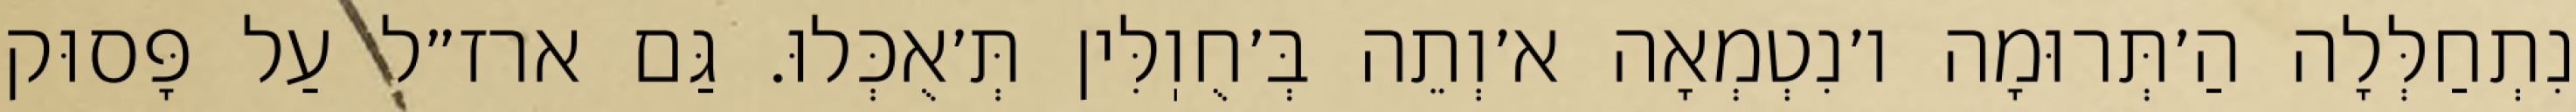
נִתְחַלְּלָה הַ׳תְּרוּמָה ו׳נִטְמְאָה א׳וְתֵה בְּ׳חֻוֽלִּין תְּ׳אֻכְּלוּ. גַּם ארז״ל עַל פָּסוּק